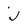
Character: j